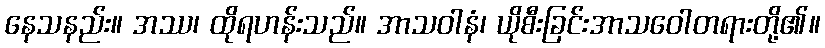
နေသနည်း။ အဿ၊ ထိုရဟန်းသည်။ အာသဝါနံ၊ ယိုစီးခြင်းအာသဝေါတရားတို့၏။